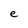
Character: e